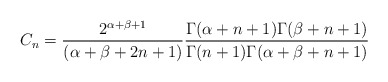
\begin{align*}C_n=\frac{2^{\alpha+\beta+1}}{(\alpha+\beta+2n+1)}\frac{\Gamma(\alpha+n+1)\Gamma(\beta+n+1)}{\Gamma(n+1)\Gamma(\alpha+\beta+n+1)}\end{align*}